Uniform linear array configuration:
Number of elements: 32
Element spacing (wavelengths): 0.25
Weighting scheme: hann
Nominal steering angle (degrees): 0
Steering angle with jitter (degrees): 0.9475
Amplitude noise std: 0.05
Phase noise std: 0.05

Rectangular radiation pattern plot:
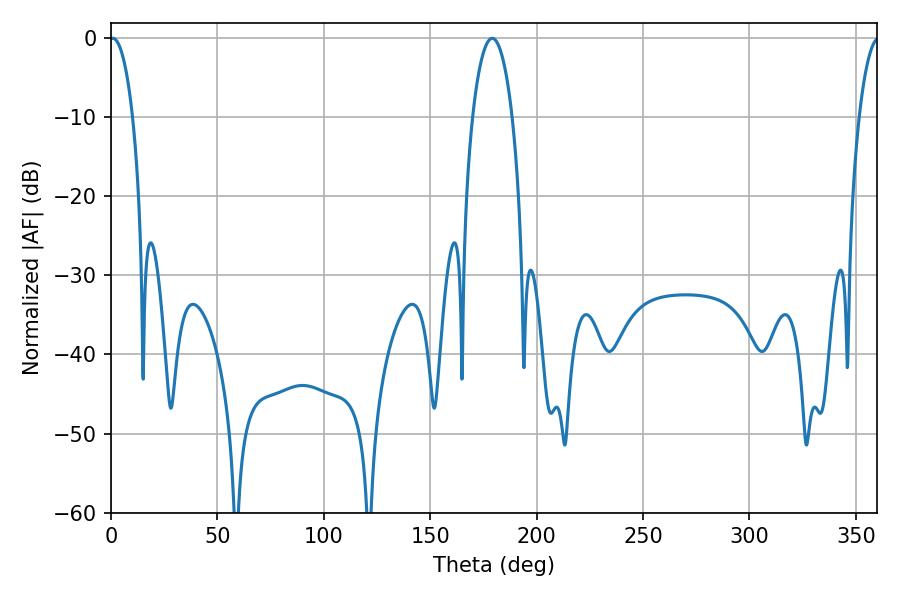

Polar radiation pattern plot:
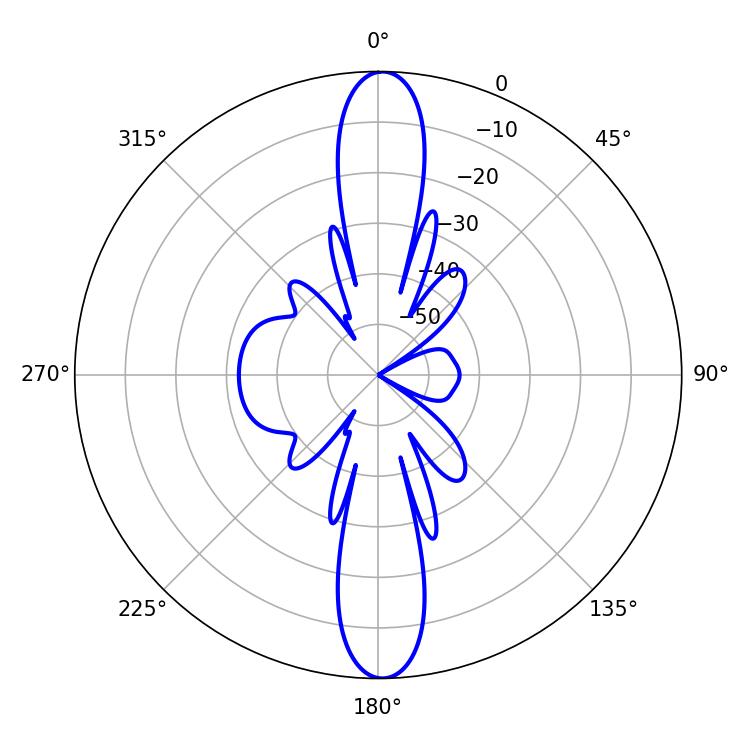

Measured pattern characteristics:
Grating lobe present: FALSE
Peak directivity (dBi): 25.735
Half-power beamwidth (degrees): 6.12
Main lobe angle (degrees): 0.9